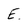
Character: E